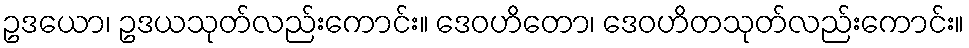
ဥဒယော၊ ဥဒယသုတ်လည်းကောင်း။ ဒေဝဟိတော၊ ဒေဝဟိတသုတ်လည်းကောင်း။